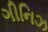
ગીનિઝ